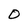
Character: O